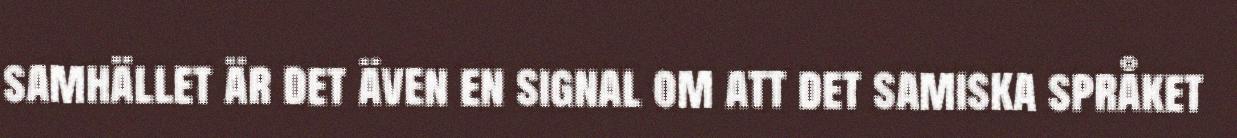
samhället är det även en signal om att det samiska språket